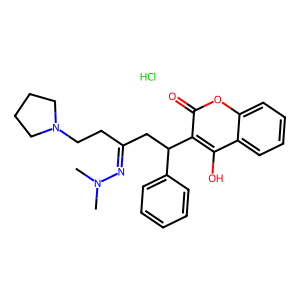
SMILES: CN(C)N=C(CCN1CCCC1)CC(c1ccccc1)c1c(O)c2ccccc2oc1=O.Cl
Inhibits HIV replication: No